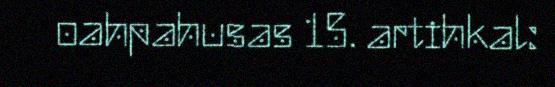
oahpahusas 15. artihkal: